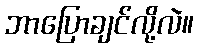
ဘာပြောချင်လို့လဲ။